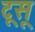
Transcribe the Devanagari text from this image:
टूसू